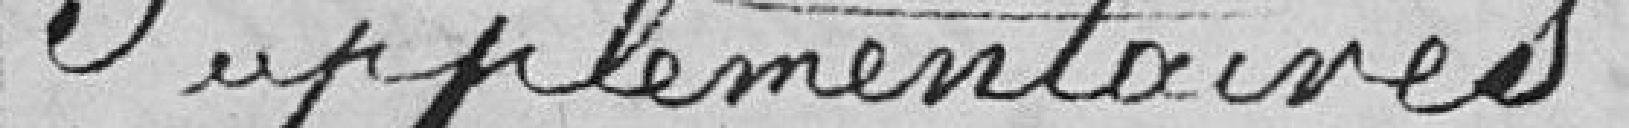
supplémentaires.